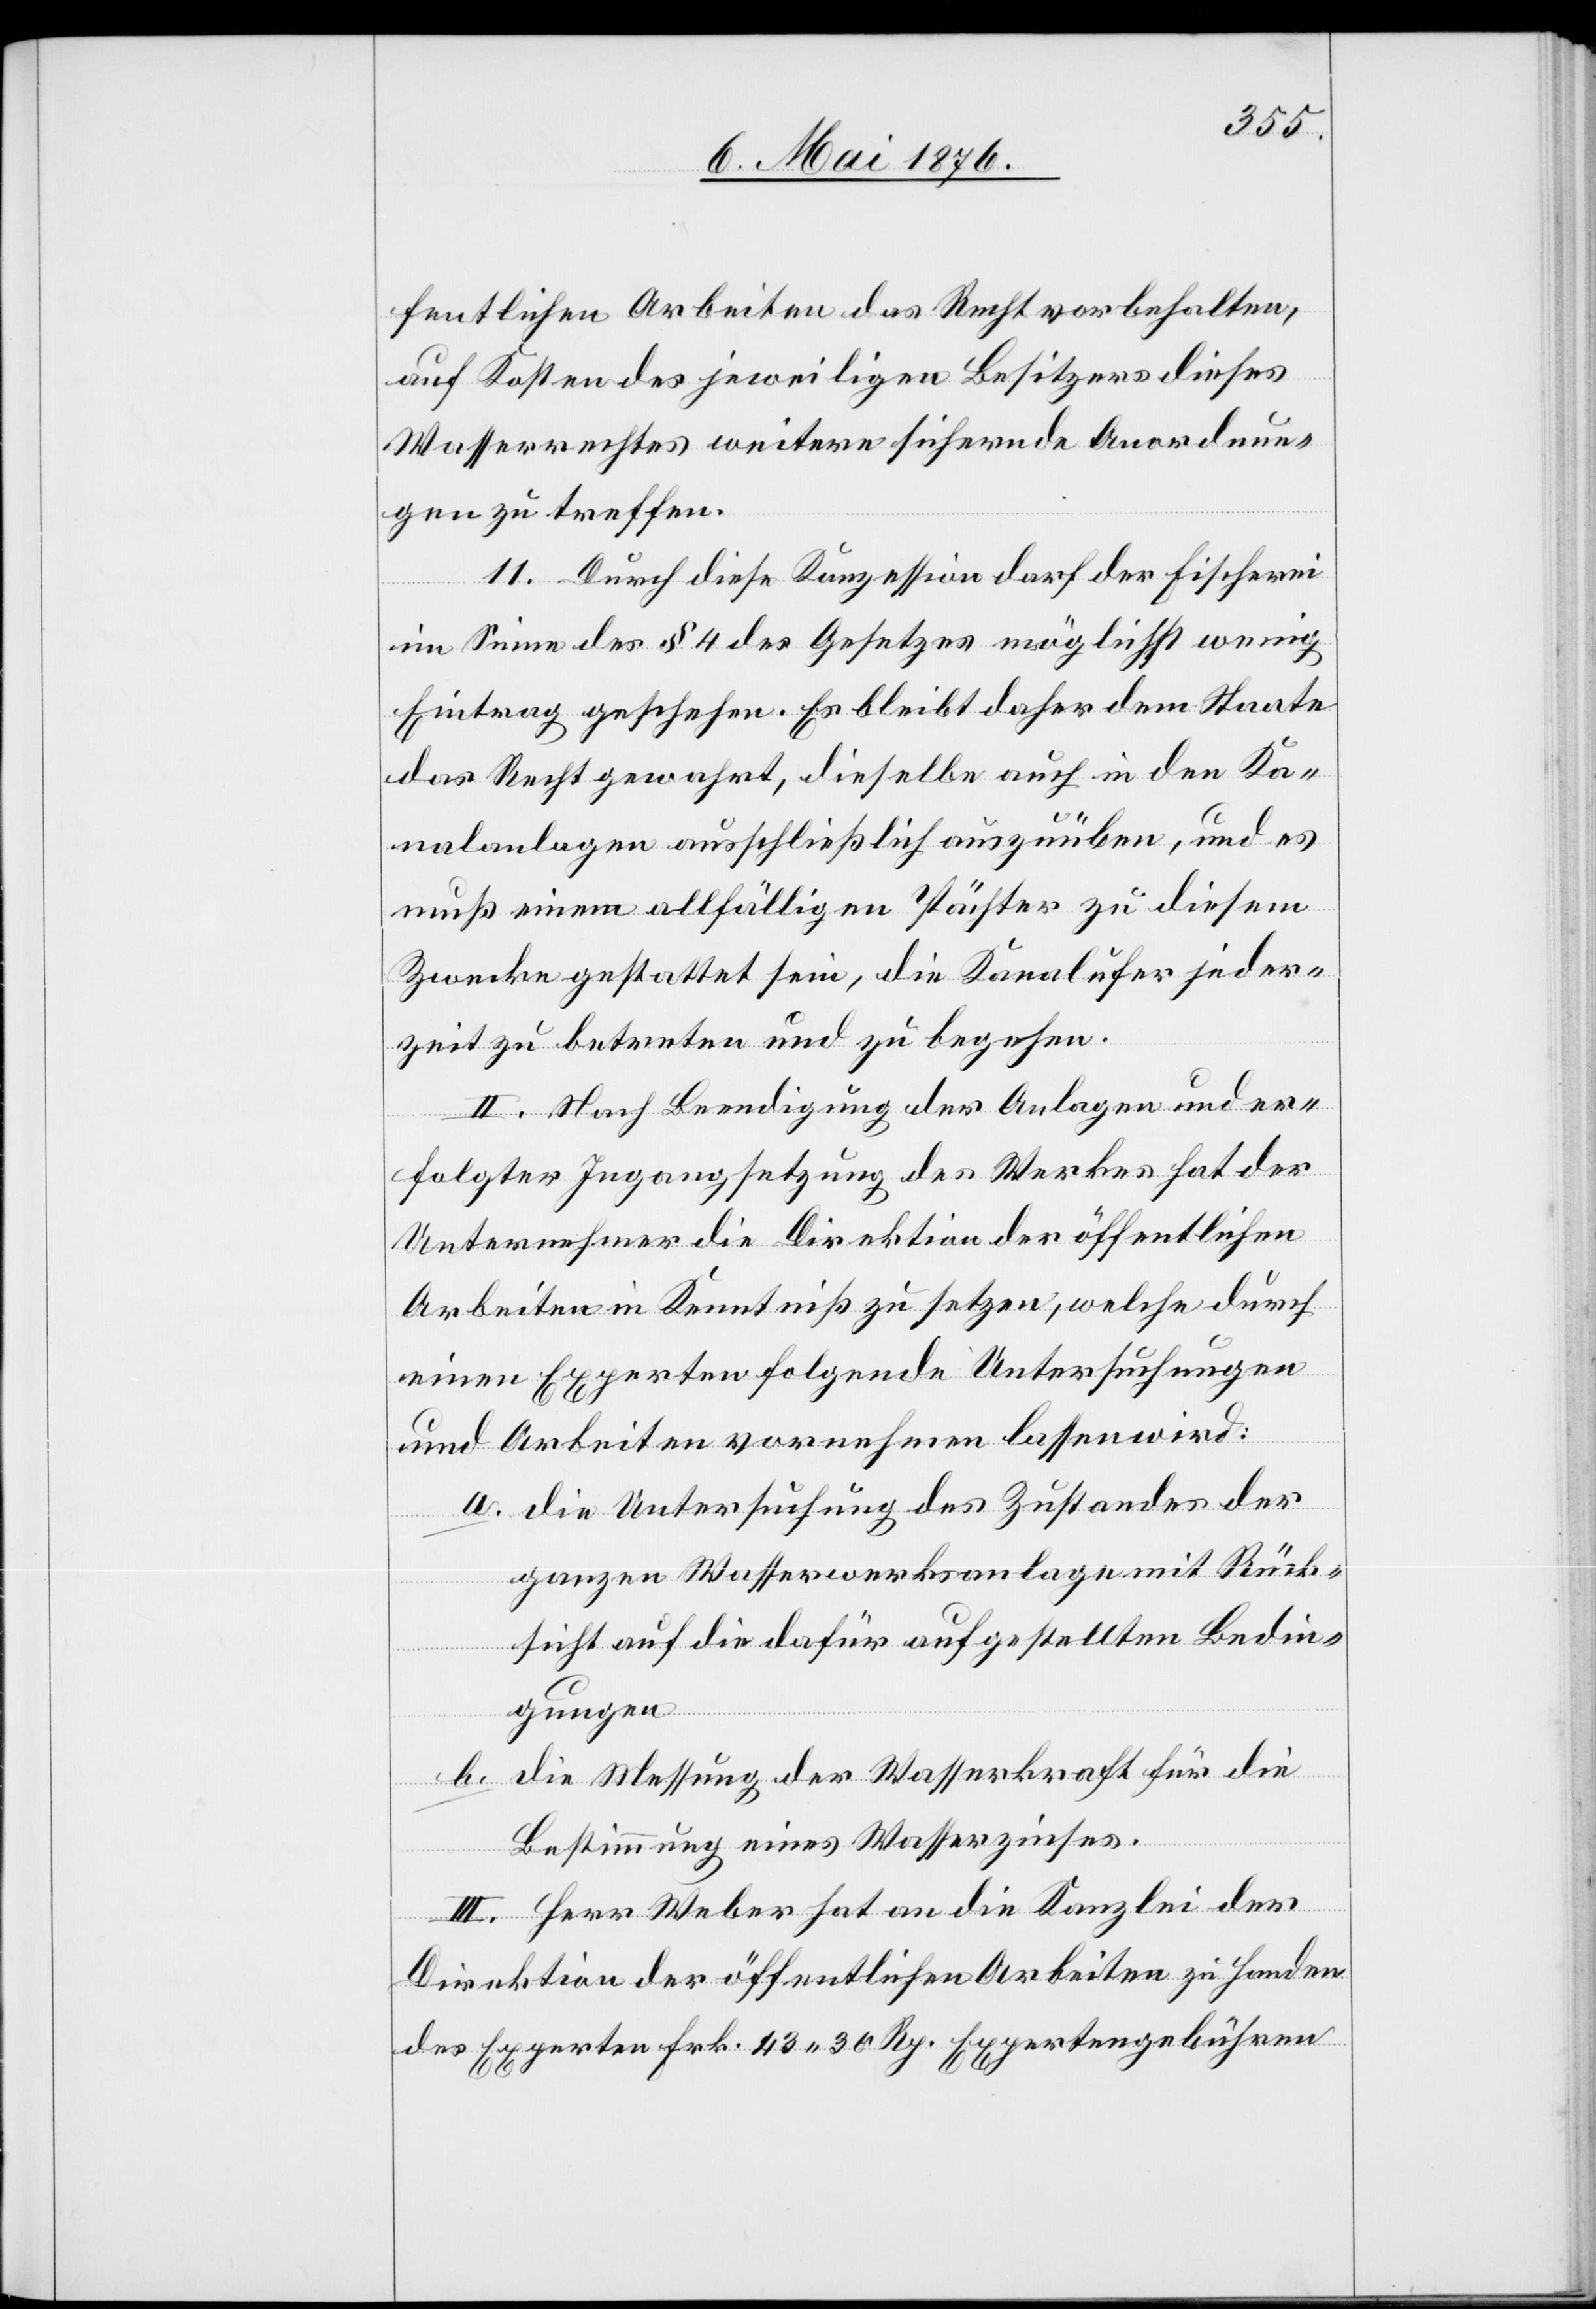
fentlichen Arbeiten das Recht vorbehalten,
auf Kosten des jeweiligen Besitzers dieses
Wasserrechtes weitere sichernde Anordnun¬
gen zu treffen.
11. Durch diese Konzession darf der Fischerei
im Sinne des § 4 des Gesetzes möglichst wenig
Eintrag geschehen. Es bleibt daher dem Staate
das Recht gewahrt, dieselbe auch in den Ka¬
nalanlagen ausschließlich auszuüben, und es
muß einem allfälligen Pächter zu diesem
Zwecke gestattet sein, die Kanalufer jeder¬
zeit zu betreten und zu begehen.
II. Nach Beendigung der Anlagen und er¬
folgter Ingangsetzung des Werkes hat der
Unternehmer die Direktion der öffentlichen
Arbeiten in Kenntniß zu setzen, welche durch
einen Experten folgende Untersuchungen
und Arbeiten vornehmen lassen wird:
a. die Untersuchung des Zustandes der
ganzen Wasserwerksanlage mit Rück¬
sicht auf die dafür aufgestellten Bedin¬
gungen
b. die Messung der Wasserkraft für die
Bestimmung eines Wasserzinses.
III. Herr Weber hat an die Kanzlei der
Direktion der öffentlichen Arbeiten zu Handen
des Experten Frk. 43 30 Rp. Expertengebühren